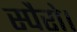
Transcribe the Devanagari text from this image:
स्पैरो।